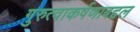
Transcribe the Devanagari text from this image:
गुरुत्वाकर्षणाबद्दल